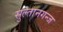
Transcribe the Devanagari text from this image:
सुल्तानगन्ज